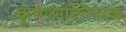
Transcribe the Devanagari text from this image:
कृष्णभक्तिपरक